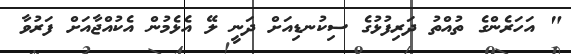
" އަހަރެންގެ ތުއްތު ދަރިފުޅުގެ ސިކުނޑިއަށް ދަނީ ލޭ އެޅެމުން އެކުއްޖާއަށް ފަރުވާ